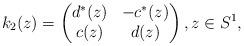
LaTeX: \begin{gather*}k_2(z)=\left(\begin{matrix} d^{*}(z)&-c^{*}(z)\\c(z)&d(z)\end{matrix} \right),z\in S^1,\end{gather*}